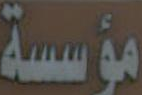
مؤسسة